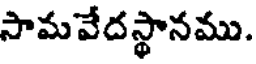
సామవేదస్థానము.